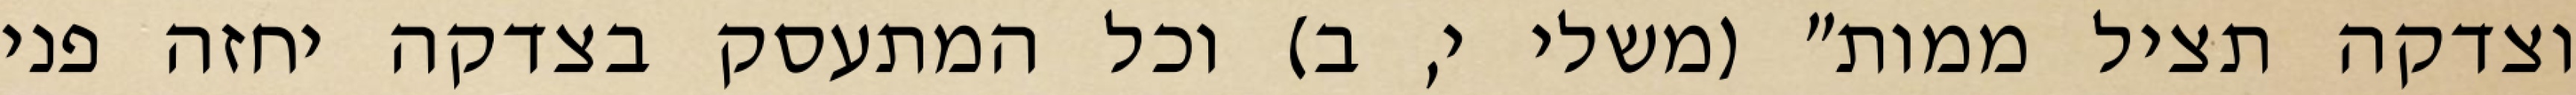
וצדקה תציל ממות" (משלי י, ב) וכל המתעסק בצדקה יחזה פני